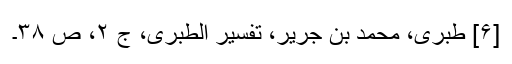
[۶] طبری، محمد بن جریر، تفسیر الطبری، ج ۲، ص ۳۸۔